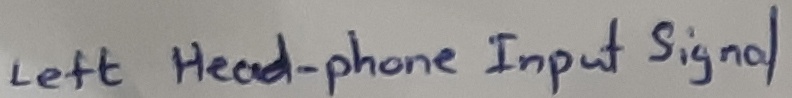
Text: Lineheadphone-Input signal